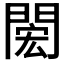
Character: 𨴵